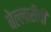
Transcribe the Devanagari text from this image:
बेल्लारीची